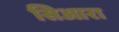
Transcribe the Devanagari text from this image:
सिआरा